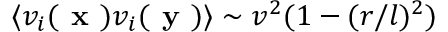
\langle v _ { i } ( \mathrm { { \textbf { x } } } ) v _ { i } ( \mathrm { { \textbf { y } } } ) \rangle \sim v ^ { 2 } ( 1 - ( r / l ) ^ { 2 } )